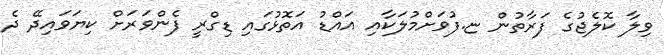
ވިލާ ކޮލެޖުގެ ފަރާތުން ޏ.ފުވަށްމުލަކާއި އައްޑު އަތޮޅުގައި ޑިގްރީ ފެންވަރަށް ކިޔަވައިދޭ ދެ